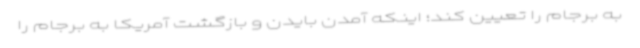
به برجام را تعیین کند؛ اینکه آمدن بایدن و بازگشت آمریکا به برجام را